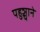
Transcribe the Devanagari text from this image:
पहुञ्चाने